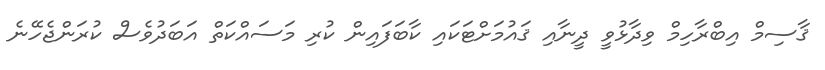
ޤާސިމް އިބްރާހިމް ވިދާޅުވީ ދީނާއި ޤައުމަށްޓަކައި ކާބަފައިން ކުރި މަސައްކަތް އަބަދުވެސް ކުރަންޖެހޭނެ